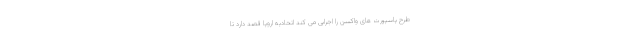
طرح پاسپورت‌ های واکسن را اجرایی می ‌کند اتحادیه اروپا قصد دارد تا